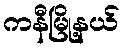
ကနီမြို့နယ်